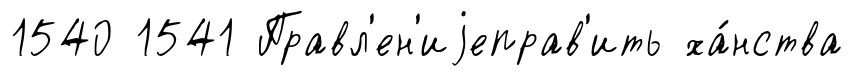
1540 1541 Правл'ен'иjеправ'ить ха́нства